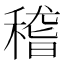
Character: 稽